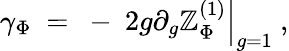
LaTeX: \gamma_{\Phi}~=~-~\left.2g\partial_{g}\mathbb{Z}_{\Phi}^{(1)}\right|_{g=1}~,